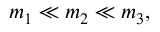
m _ { 1 } \ll m _ { 2 } \ll m _ { 3 } ,